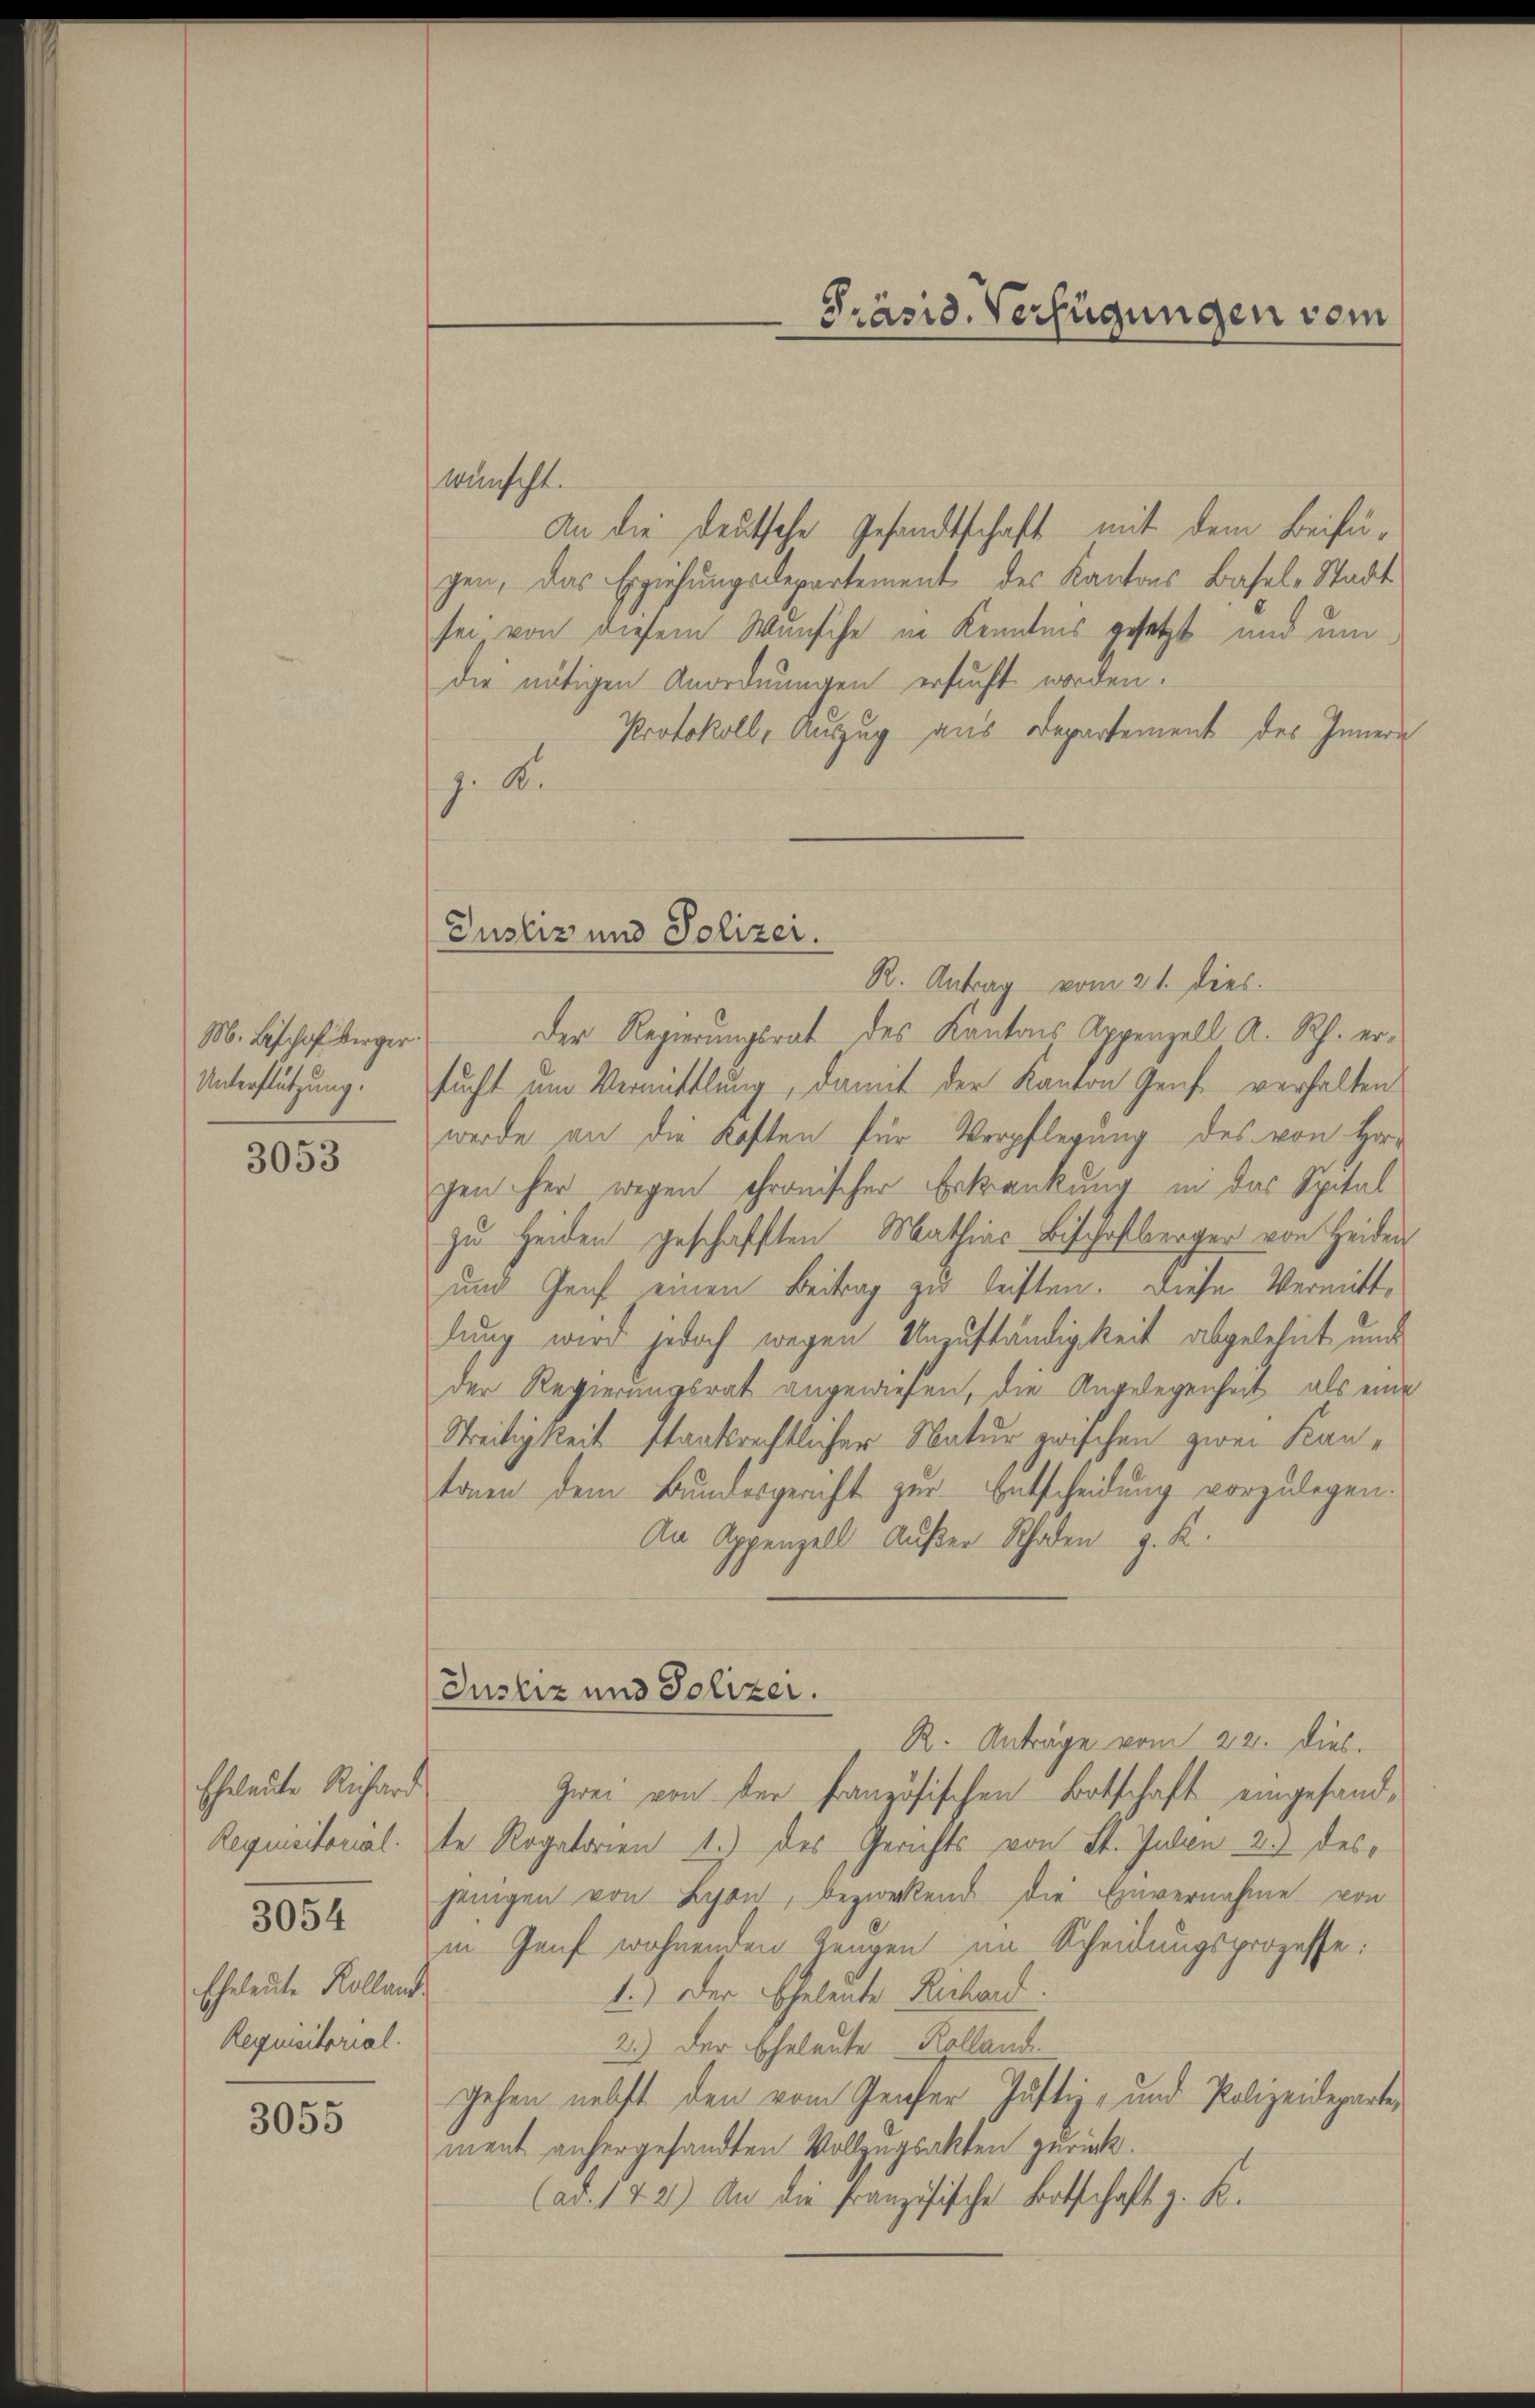
M. Bischof berger
Unterstützung.

3053

Eheleute Richard
Requisitorial.
3054
Eheleute Kolland
Requisitorial.

3055

Justiz und Polizei.

wünscht.
An die deutsche Gesandtschaft mit dem Beifügen, das Erziehungsdepartement des Kantons Basel-Stadt
sei von diesem Wunsche in Kenntnis gesetzt und um
die nötigen Anordnungen ersucht worden.
Protokoll, Auszug aus Departement des Innern
J. A.
R. Antrag vom 21. dies.
Der Regierungsrat des Kantons Appenzell A. Rh. ersucht um Vermittlung, damit der Kanton Genf verhalten
werde an die Kosten für Verpflegung des von Herr
gen her wegen chronischer Erkrankung in das Spital
zu Heiden geschafften Mathias Bischaftberger von Heiden
und Genf einen Beitrag zu leisten. Diese Vermittlung wird jedoch wegen Unzuständigkeit abgelehnt und
der Regierungsrat angewiesen, die Angelegenheit als eine
Streitigkeit staatsrechtlicher Natur zwischen zwei Kantonen dem Bundesgericht zur Entscheidung vorzulegen.
An Appenzell Außer Schaden z. K.
Justiz und Polizei.
R. Anträge vom 22. dies
Zwei von der französischen Botschaft eingesandte Rogatorien 1.) des Gerichts von St. Juden 2.) desjenigen von Lyon, bezirkend die Einvernahme von
in Genf wohnenden Zeugen im Scheidungsprozesse:
1.) Der Eheleute Rechard.
2.) Der Eheleute Kolland.
gehen nebst den vom Genfer Justiz- und Polizeideparte,
ment anhergesandten Vollzugsakten zurück.
Car. 172) An die Französische Botschaft z. K.

Präsid. Verfügungen vom